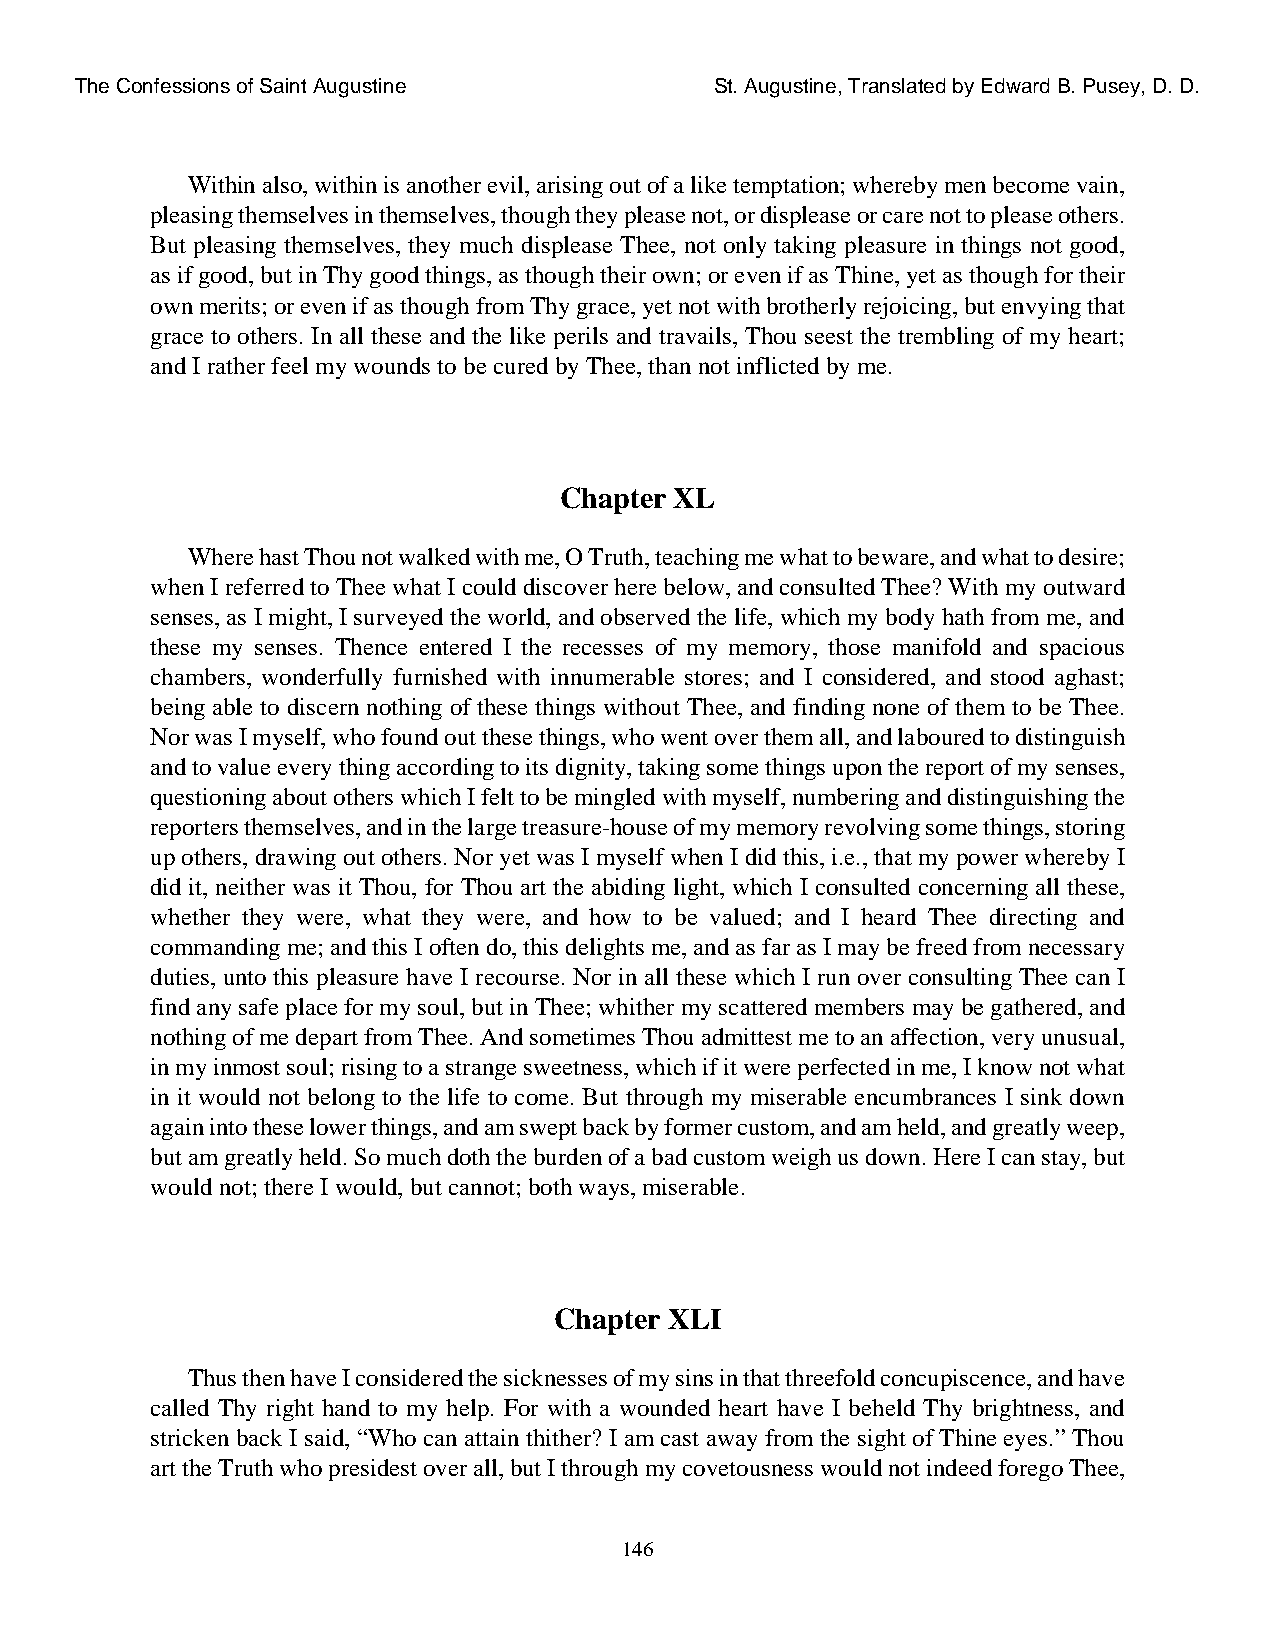
The Confessions of Saint Augustine        St. Augustine, Translated by Edward B. Pusey, D. D.
 Within also, within is another evil, arising out of a like temptation; whereby men become vain,
 pleasing themselves in themselves, though they please not, or displease or care not to please others.
 But pleasing themselves, they much displease Thee, not only taking pleasure in things not good,
 as if good, but in Thy good things, as though their own; or even if as Thine, yet as though for their
 own merits; or even if as though from Thy grace, yet not with brotherly rejoicing, but envying that
 grace to others. In all these and the like perils and travails, Thou seest the trembling of my heart;
 and I rather feel my wounds to be cured by Thee, than not inflicted by me.
 Chapter XL
 Where hast Thou not walked with me, O Truth, teaching me what to beware, and what to desire;
 when I referred to Thee what I could discover here below, and consulted Thee? With my outward
 senses, as I might, I surveyed the world, and observed the life, which my body hath from me, and
 these my senses. Thence entered I the recesses of my memory, those manifold and spacious
 chambers, wonderfully furnished with innumerable stores; and I considered, and stood aghast;
 being able to discern nothing of these things without Thee, and finding none of them to be Thee.
 Nor was I myself, who found out these things, who went over them all, and laboured to distinguish
 and to value every thing according to its dignity, taking some things upon the report of my senses,
 questioning about others which I felt to be mingled with myself, numbering and distinguishing the
 reporters themselves, and in the large treasure-house of my memory revolving some things, storing
 up others, drawing out others. Nor yet was I myself when I did this, i.e., that my power whereby I
 did it, neither was it Thou, for Thou art the abiding light, which I consulted concerning all these,
 whether they were, what they were, and how to be valued; and I heard Thee directing and
 commanding me; and this I often do, this delights me, and as far as I may be freed from necessary
 duties, unto this pleasure have I recourse. Nor in all these which I run over consulting Thee can I
 find any safe place for my soul, but in Thee; whither my scattered members may be gathered, and
 nothing of me depart from Thee. And sometimes Thou admittest me to an affection, very unusual,
 in my inmost soul; rising to a strange sweetness, which if it were perfected in me, I know not what
 in it would not belong to the life to come. But through my miserable encumbrances I sink down
 again into these lower things, and am swept back by former custom, and am held, and greatly weep,
 but am greatly held. So much doth the burden of a bad custom weigh us down. Here I can stay, but
 would not; there I would, but cannot; both ways, miserable.
 Chapter XLI
 Thus then have I considered the sicknesses of my sins in that threefold concupiscence, and have
 called Thy right hand to my help. For with a wounded heart have I beheld Thy brightness, and
 stricken back I said, “Who can attain thither? I am cast away from the sight of Thine eyes.” Thou
 art the Truth who presidest over all, but I through my covetousness would not indeed forego Thee,
 146